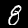
Label: 8